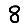
Digit: 8